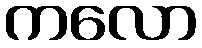
ကလော